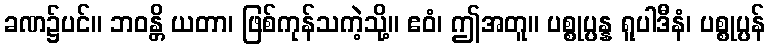
ခဏ၌ပင်။ ဘဝန္တိ ယတာ၊ ဖြစ်ကုန်သကဲ့သို့။ ဧဝံ၊ ဤအတူ။ ပစ္စုပ္ပန္န ရူပါဒီနံ၊ ပစ္စုပ္ပန်